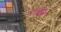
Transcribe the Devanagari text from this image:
गल्वेज